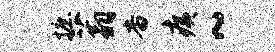
摭蓊杳痍~